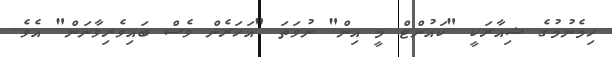
ހިމެނުމުގެ ޝިއާރަކީ "ކައުންޓް މީ އިން" ނުވަތަ "އަހަރެން ވެސް ބައިވެރިވާނަން" އެވެ.